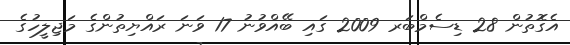
އެގޮތުން 28 ޑިސެމްބަރ 2009 ގައި ބޭއްވުނު 17 ވަނަ ރައްޔިތުންގެ މަޖިލީހުގެ